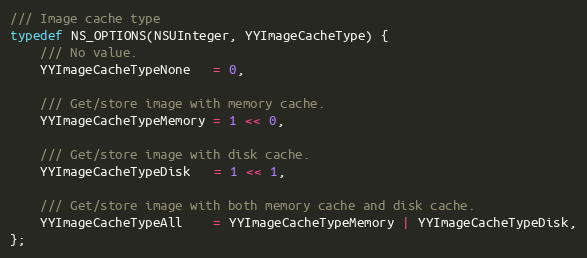
Language: C
/// Image cache type
typedef NS_OPTIONS(NSUInteger, YYImageCacheType) {
    /// No value.
    YYImageCacheTypeNone   = 0,

    /// Get/store image with memory cache.
    YYImageCacheTypeMemory = 1 << 0,

    /// Get/store image with disk cache.
    YYImageCacheTypeDisk   = 1 << 1,

    /// Get/store image with both memory cache and disk cache.
    YYImageCacheTypeAll    = YYImageCacheTypeMemory | YYImageCacheTypeDisk,
};